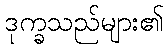
ဒုက္ခသည်များ၏